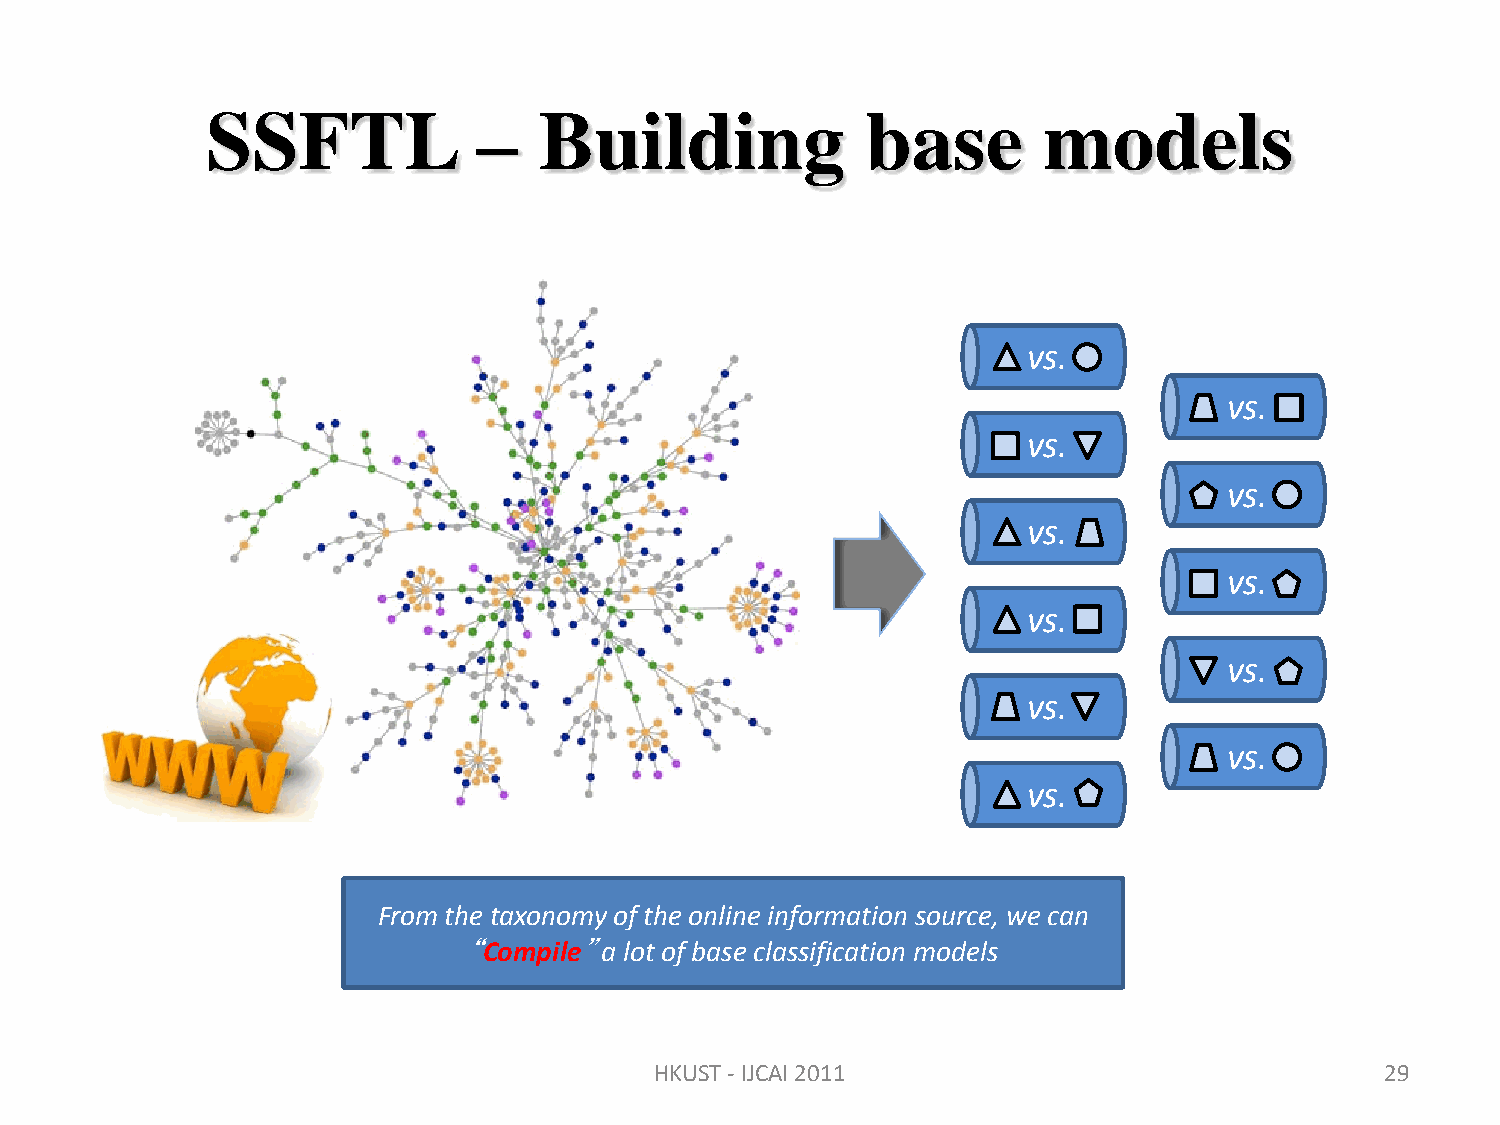
SSFTL             –   Building             base        models
 vs.
 vs.
 vs.
 vs.
 vs.
 vs.
 vs.
 vs.
 vs.
 vs.
 vs.
 From the taxonomy of the online information source, we can
 “Compile” a lot of base classification models
 HKUST - IJCAI 2011                               29